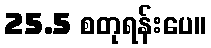
25.5 စတုရန်းပေ။